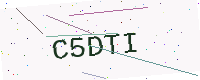
Text: C5DTI